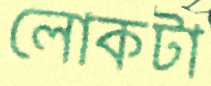
লোকটা